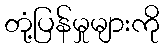
တုံ့ပြန်မှုများကို